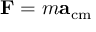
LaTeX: \mathbf { F } = m \mathbf { a } _ { \mathrm { { c m } } }